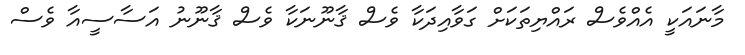
މާނައަކީ އެއްވެސް ރައްޔިތަކަށް ގަވާއިދަކާ ވެސް ޤާނޫނަކާ ވެސް ޤާނޫނު އަސާސީއާ ވެސް